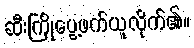
ဆီးကြိုပွေ့ဖက်ယူလိုက်၏။